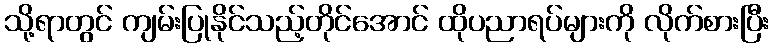
သို့ရာတွင် ကျမ်းပြုနိုင်သည့်တိုင်အောင် ထိုပညာရပ်များကို လိုက်စားပြီး